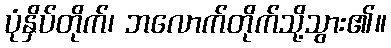
ပုံနှိပ်တိုက်၊ ဘလောက်တိုက်သို့သွား၏။